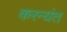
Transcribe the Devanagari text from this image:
करन्यंत